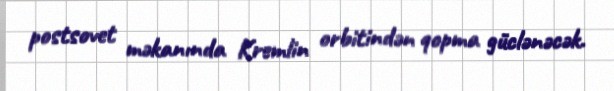
postsovet məkanında Kremlin orbitindən qopma güclənəcək.